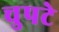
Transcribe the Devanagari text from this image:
चुपटे